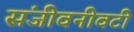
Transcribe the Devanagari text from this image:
संजीवनीवटी